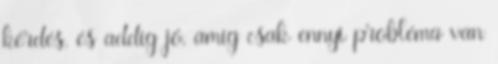
kérdés, és addig jó, amíg csak ennyi probléma van